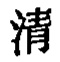
清